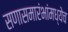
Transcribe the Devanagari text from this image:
सणासमारंभांमध्येच